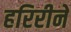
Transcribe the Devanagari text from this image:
हरिरीने